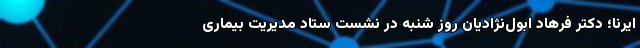
ایرنا؛ دکتر فرهاد ابول‌نژادیان روز شنبه در نشست ستاد مدیریت بیماری